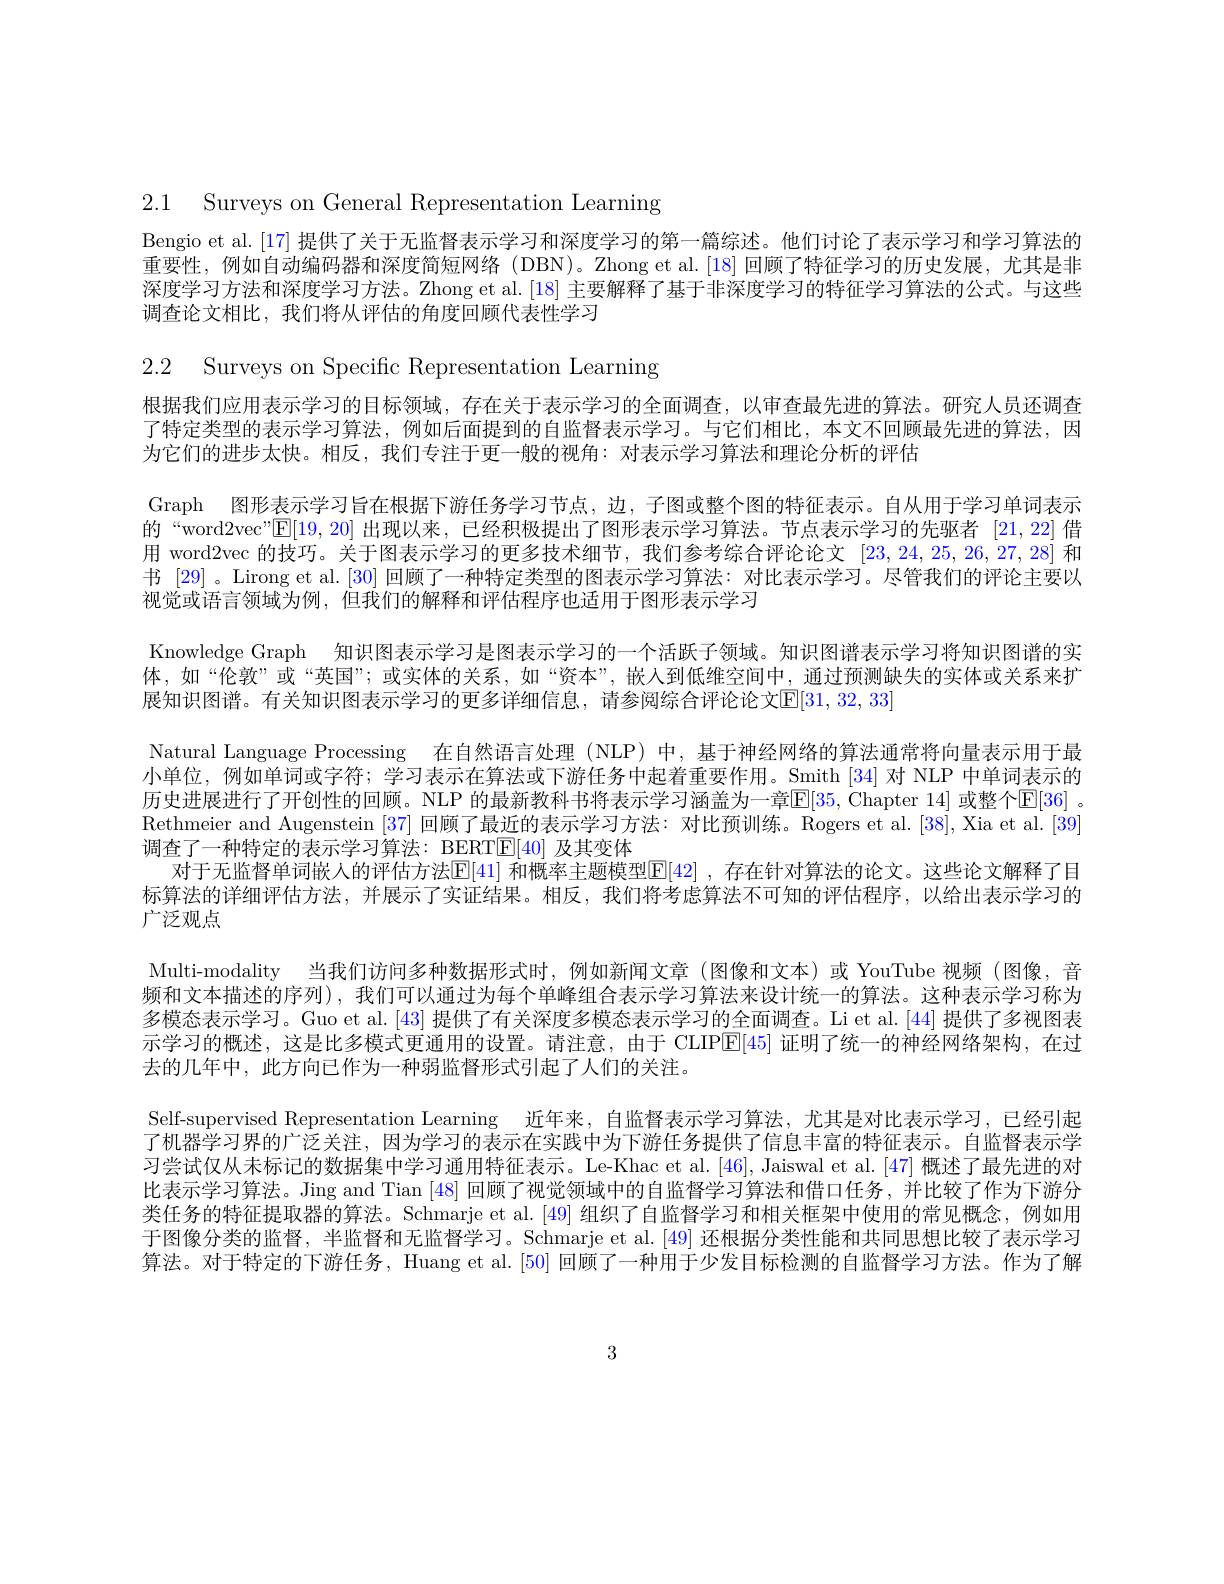
2.1 Surveys on General Representation Learning

2.2 Surveys on Specific Representation Learning

Bengio et al. [17] 提供了关于无监督表示学习和深度学习的第一篇综述。他们讨论了表示学习和学习算法的重要性，例如自动编码器和深度简短网络 (DBN)。Zhong et al.[18] 回顾了特征学习的历史发展，尤其是非深度学习方法和深度学习方法。Zhong et al.[18] 主要解释了基于非深度学习的特征学习算法的公式。与这些调查论文相比，我们将从评估的角度回顾代表性学习
根据我们应用表示学习的目标领域，存在关于表示学习的全面调查，以审查最先进的算法。研究人员还调查了特定类型的表示学习算法，例如后面提到的自监督表示学习。与它们相比，本文不回顾最先进的算法，因为它们的进步太快。相反，我们专注于更一般的视角：对表示学习算法和理论分析的评估
Graph 图形表示学习旨在根据下游任务学习节点，边，子图或整个图的特征表示。自从用于学习单词表示的“word2vec”$\mathbb{E}[19,20]$出现以来，已经积极提出了图形表示学习算法。节点表示学习的先驱者[21,22]借用 word2vec 的技巧。关于图表示学习的更多技术细节，我们参考综合评论论文[23,24,25,26,27,28]和书[29]。Lirong et al. [30]回顾了一种特定类型的图表示学习算法：对比表示学习。尽管我们的评论主要以视觉或语言领域为例，但我们的解释和评估程序也适用于图形表示学习
Knowledge Graph 知识图表示学习是图表示学习的一个活跃子领域。知识图谱表示学习将知识图谱的实体，如“伦敦”或“英国”;或实体的关系，如“资本”,嵌人到低维空间中，通过预测缺失的实体或关系来扩展知识图谱。有关知识图表示学习的更多详细信息，请参阅综合评论论文$\mathbb{E}[31,32,33]$
Natural Language Processing 在自然语言处理 (NLP) 中，基于神经网络的算法通常将向量表示用于最小单位，例如单词或字符；学习表示在算法或下游任务中起着重要作用。Smith [34] 对 NLP 中单词表示的历史进展进行了开创性的回顾。NLP 的最新教科书将表示学习涵盖为一章[E[35,Chapter 14] 或整个$\mathbb{E}[36]$ 。Rethmeier and Augenstein [37]回顾了最近的表示学习方法：对比预训练。Rogers et al.[38], Xia et al.[39] 调查了一种特定的表示学习算法：BERT[E]40] 及其变体
对于无监督单词嵌人的评估方法E[41] 和概率主题模型E[42] ,存在针对算法的论文。这些论文解释了目标算法的详细评估方法，并展示了实证结果。相反，我们将考虑算法不可知的评估程序，以给出表示学习的广泛观点
Multi-modality 当我们访问多种数据形式时，例如新闻文章 (图像和文本)或 YouTube 视频(图像，音频和文本描述的序列),我们可以通过为每个单峰组合表示学习算法来设计统一的算法。这种表示学习称为多模态表示学习。Guo et al. [43] 提供了有关深度多模态表示学习的全面调查。Li et al.[44] 提供了多视图表示学习的概述，这是比多模式更通用的设置。请注意，由于 CLIPE[45] 证明了统一的神经网络架构，在过去的几年中，此方向已作为一种弱监督形式引起了人们的关注。
Self-supervised Representation Learning 近年来，自监督表示学习算法，尤其是对比表示学习，已经引起了机器学习界的广泛关注，因为学习的表示在实践中为下游任务提供了信息丰富的特征表示。自监督表示学习尝试仅从未标记的数据集中学习通用特征表示。Le-Khac et al. [46], Jaiswal et al. [47]概述了最先进的对比表示学习算法。Jing and Tian [48]回顾了视觉领域中的自监督学习算法和借口任务，并比较了作为下游分类任务的特征提取器的算法。Schmarje et al.[49]组织了自监督学习和相关框架中使用的常见概念，例如用于图像分类的监督，半监督和无监督学习。Schmarje et al. [49]还根据分类性能和共同思想比较了表示学习算法。对于特定的下游任务，Huang et al. [50] 回顾了一种用于少发目标检测的自监督学习方法。作为了解

3